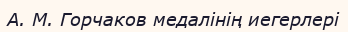
А. М. Горчаков медалінің иегерлері